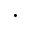
\cdot